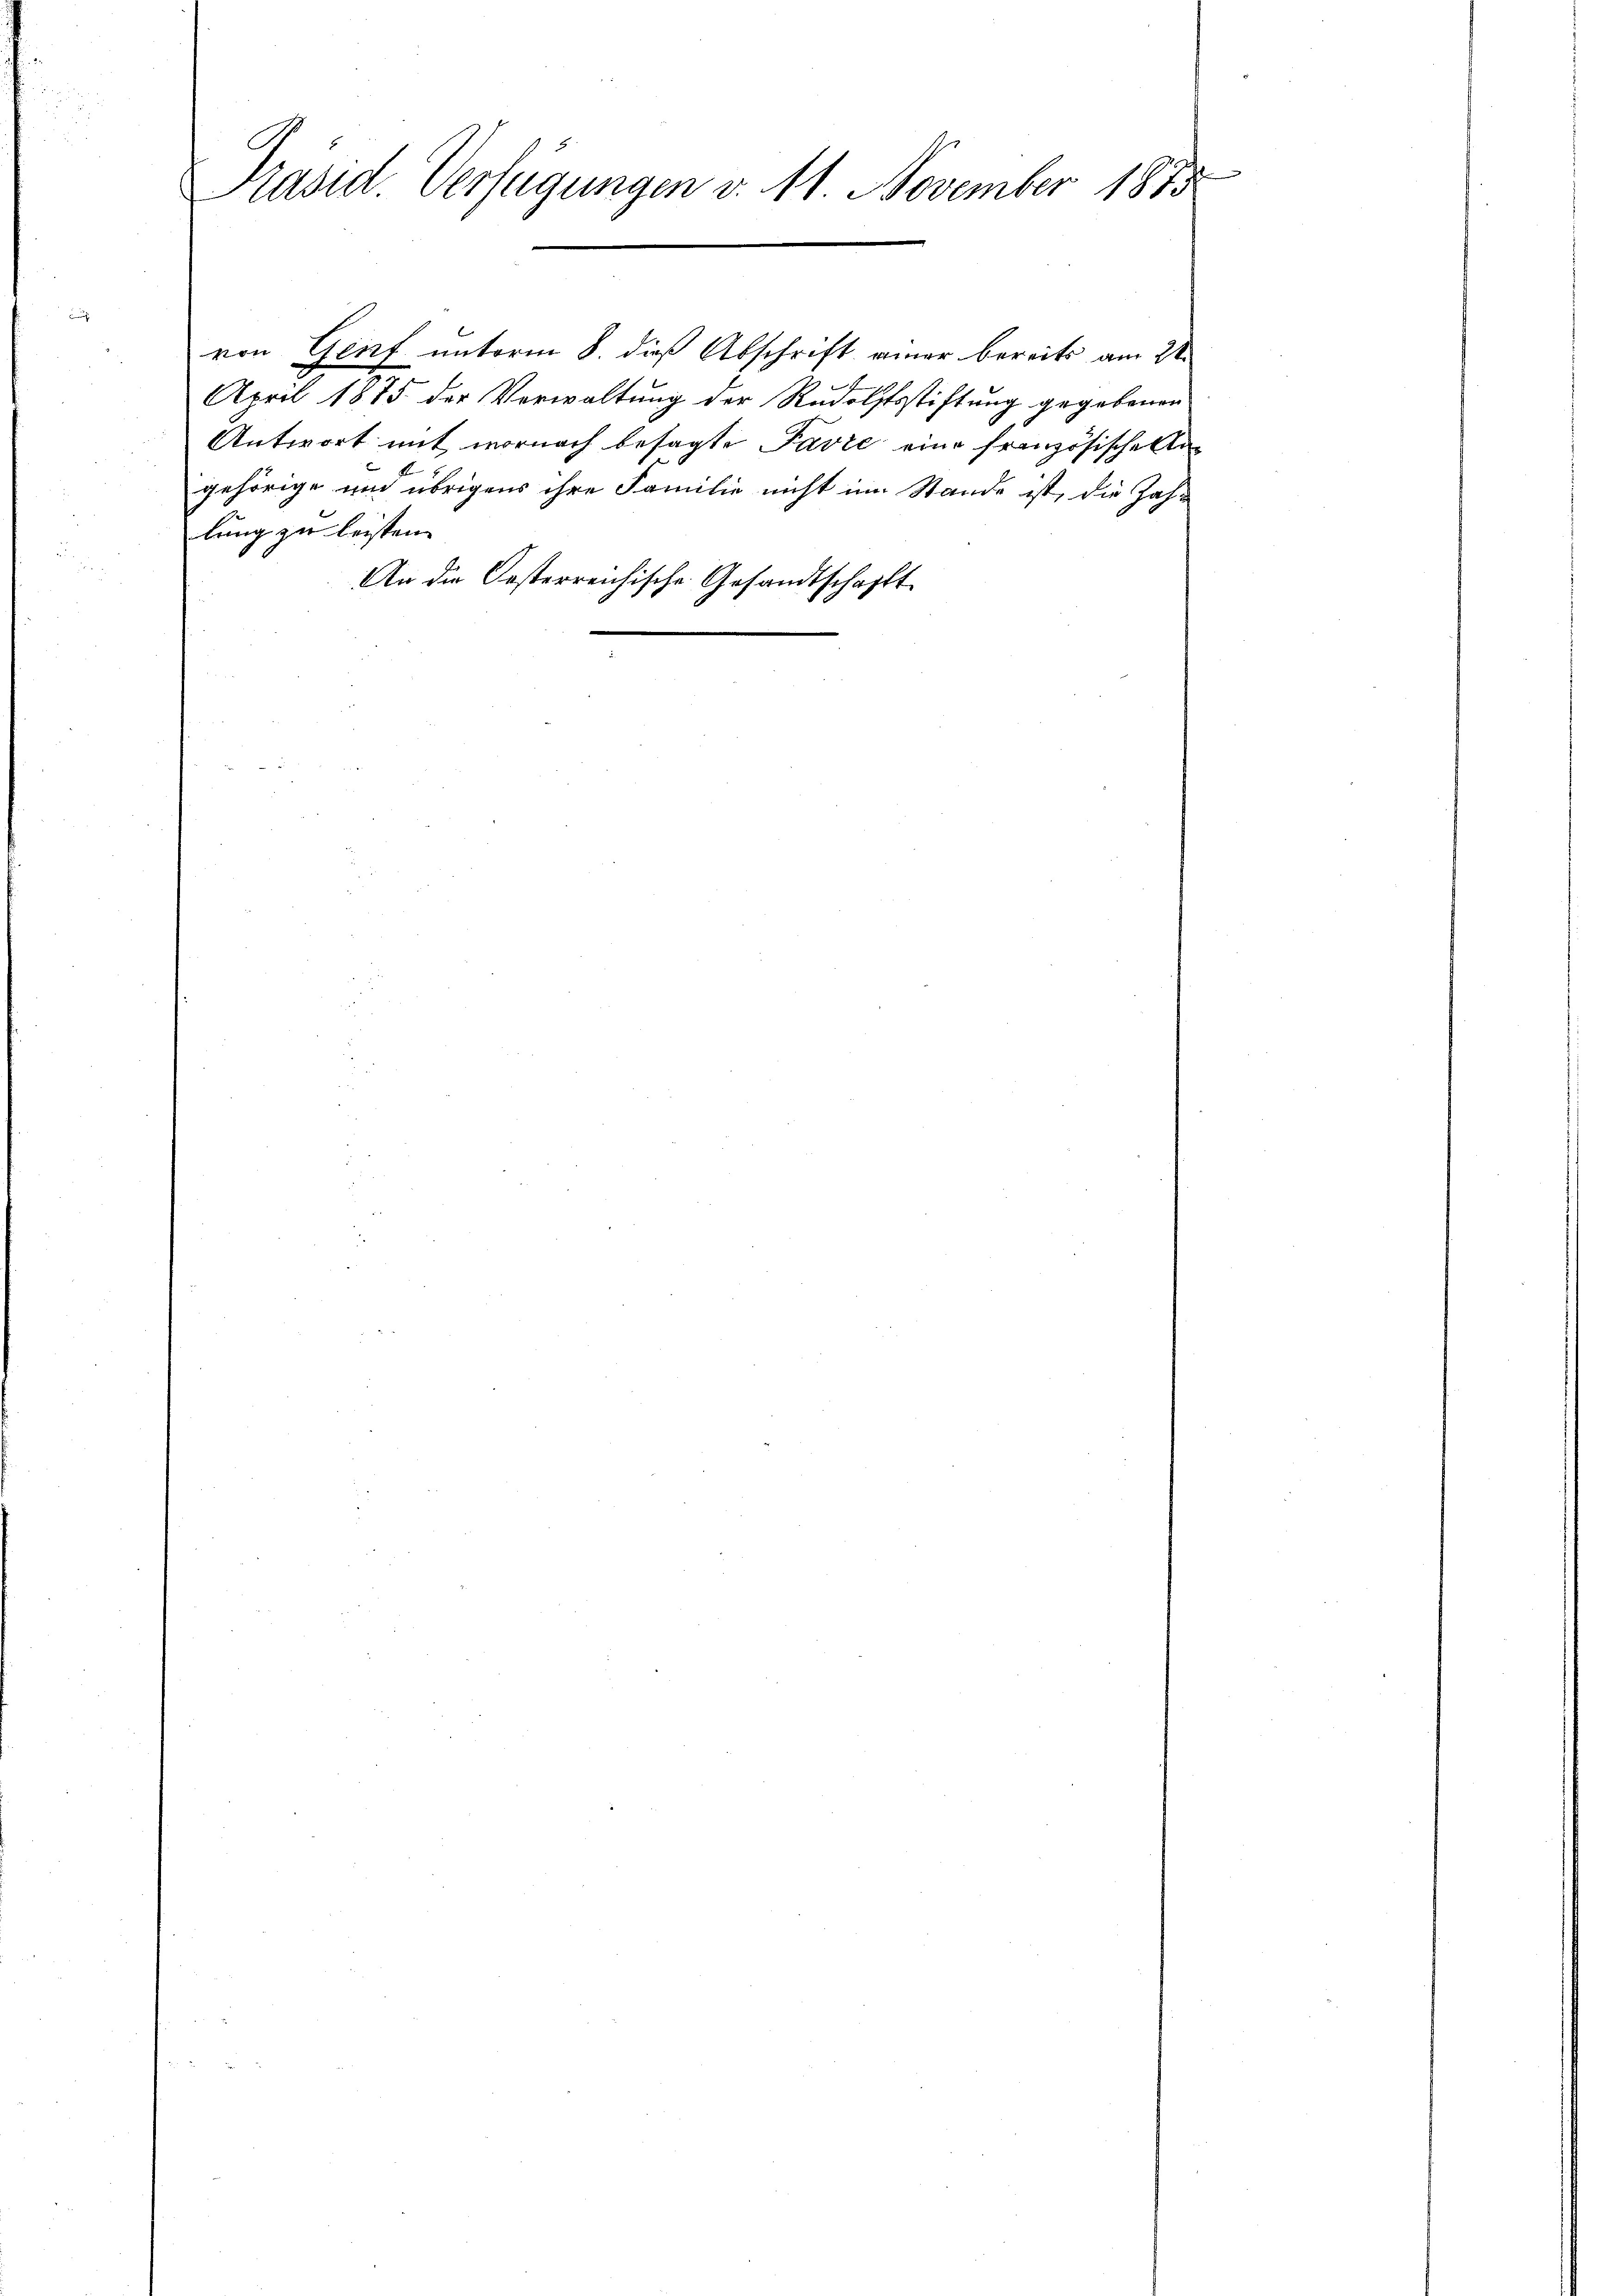
Präsid. Verfügungen v. 11. November 1875

von Genf unterm 8. dieß Abschrift einer bereits am 21.
April 1875 der Verwaltung der Rudolfsstiftung gegebenen
Antwort mit wornach besagte Pavre eine französische Angehörige und übrigens ihre Familie nicht im Stande ist, die Zah-
lung zu leisten.
An die Oesterreichische Gesandtschafft.